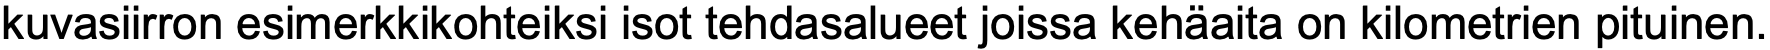
kuvasiirron esimerkkikohteiksi isot tehdasalueet joissa kehäaita on kilometrien pituinen.